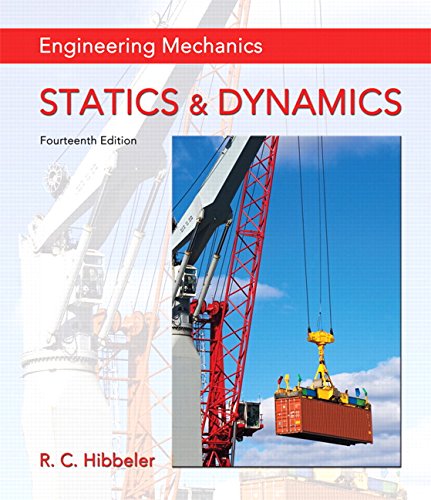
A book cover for Engineering Mechanics: Statics & Dynamics (14th Edition); Russell C. Hibbeler; Engineering & Transportation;